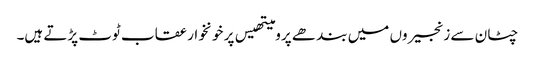
چٹان سے زنجیروں میں بند ھے پرومیتھیس پر خونخوار عقاب ٹوٹ پڑتے ہیں۔